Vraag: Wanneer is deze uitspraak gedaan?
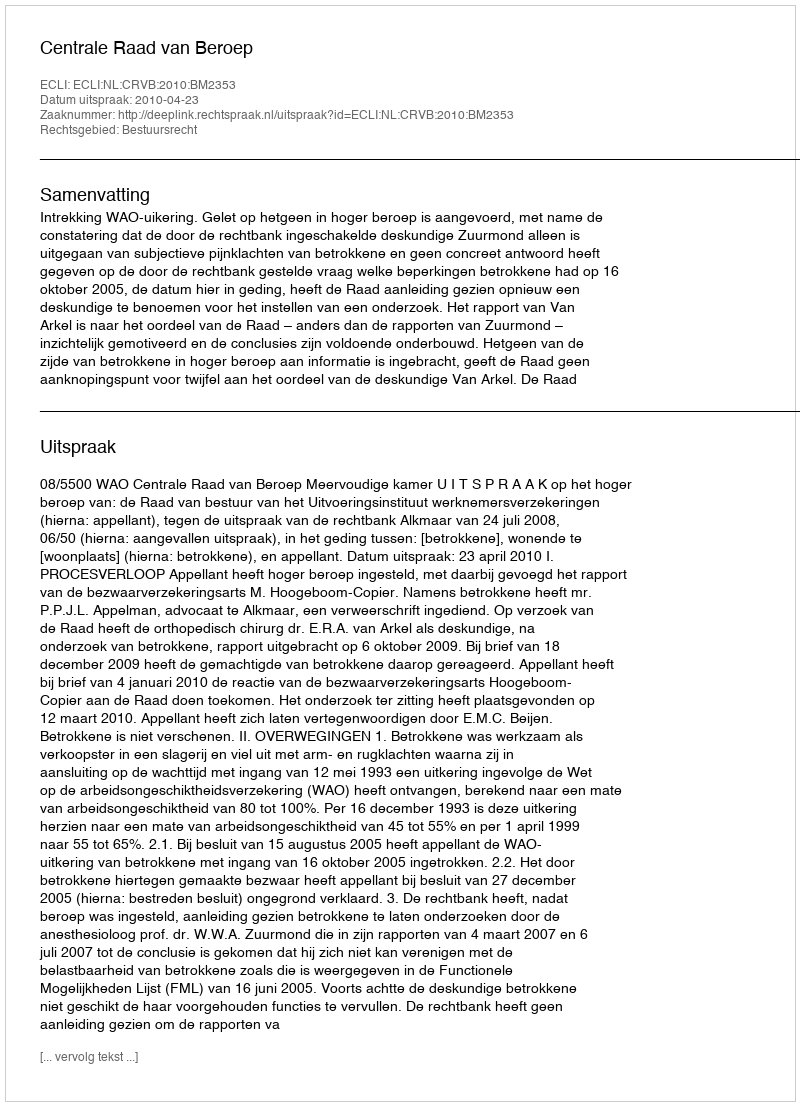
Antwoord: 2010-04-23